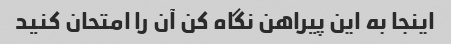
اینجا به این پیراهن نگاه کن آن را امتحان کنید